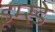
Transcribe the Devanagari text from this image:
डूम्स्डे